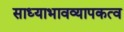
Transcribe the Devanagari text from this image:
साध्याभावव्यापकत्व